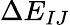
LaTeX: \Delta E_{IJ}